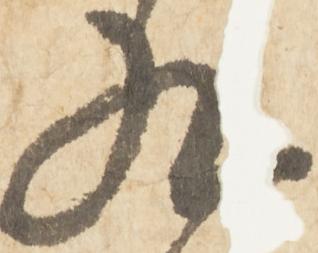
九